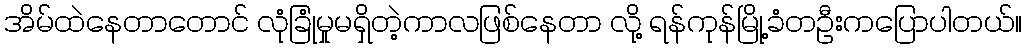
အိမ်ထဲနေတာတောင် လုံခြုံမှုမရှိတဲ့ကာလဖြစ်နေတာ လို့ ရန်ကုန်မြို့ခံတဦးကပြောပါတယ်။